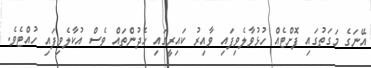
އޭނަގެ މަގަތުގައި ފޮށްޓެއް ހުޅުވާލެވިފައި ވާއިރު ކައިރީގައި ހެދުންތައް ވެސް އުކާލެވިފައި ހުއްޓެވެ.